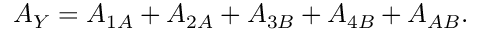
A _ { Y } = A _ { 1 A } + A _ { 2 A } + A _ { 3 B } + A _ { 4 B } + A _ { A B } .